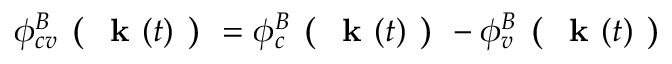
\phi _ { c v } ^ { B } \textbf { ( } \textbf { k } ( t ) \textbf { ) } = \phi _ { c } ^ { B } \textbf { ( } \textbf { k } ( t ) \textbf { ) } - \phi _ { v } ^ { B } \textbf { ( } \textbf { k } ( t ) \textbf { ) }